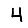
Digit: 4